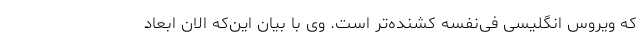
که ویروس انگلیسی فی‌نفسه کشنده‌تر است. وی با بیان این‌که الان ابعاد